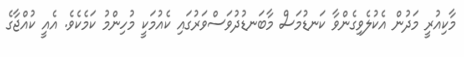
މާކިއުރީ މަދުން އެކުލެވިގެންވާ ކަނޑުމަސް މާބަނޑުދުވަސްވަރުގައި ކެއުމަކީ މުހިންމު ކަމެކެވެ. އެއީ ކުއްޖާގެ